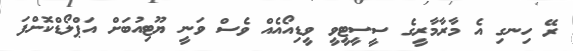
ރޭ ހިނގި އެ މާރާމާރީގެ ސީސީޓީވީ ވީޑިއޯއެއް ވެސް ވަނީ ޔޫޓިއުބަށް އަޕްލޯޑްކޮށްފަ